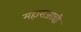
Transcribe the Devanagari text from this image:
महाराजान्ची